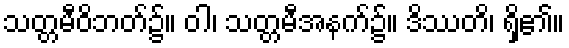
သတ္တမီဝိဘတ်၌။ ဝါ၊ သတ္တမီအနက်၌။ ဒိဿတိ၊ ရှိ၏။